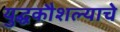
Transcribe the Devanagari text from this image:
युद्धकौशल्याचे